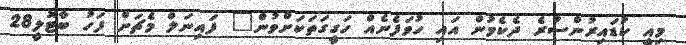
މިއީ ކުޑައިރުންސުރެ ދެކެމުން އައި ހުވަފެނެއް ހަގީގަތަކަށްވުން" ފައިނަލް މެޗަށް ފަހު ބާޓޮލީ28